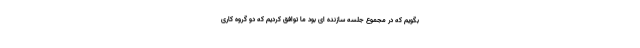
بگویم که در مجموع جلسه سازنده ای بود ما توافق کردیم که دو گروه کاری